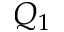
Q _ { 1 }